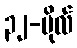
၃၂-ပိုလ်